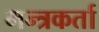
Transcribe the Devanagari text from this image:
मन्त्रकर्ता